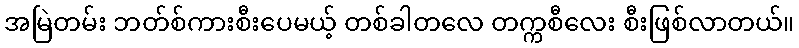
အမြဲတမ်း ဘတ်စ်ကားစီးပေမယ့် တစ်ခါတလေ တက္ကစီလေး စီးဖြစ်လာတယ်။